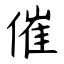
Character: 催